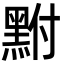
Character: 𪐻